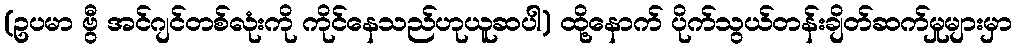
(ဥပမာ ဗွီ အင်ဂျင်တစ်လုံးကို ကိုင်နေသည်ဟုယူဆပါ) ထို့နောက် ပိုက်သွယ်တန်းချိတ်ဆက်မှုများမှာ